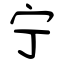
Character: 宁